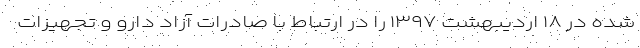
شده در ۱۸ اردیبهشت ۱۳۹۷ را در ارتباط با صادرات آزاد دارو و تجهیزات